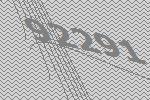
92291